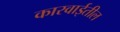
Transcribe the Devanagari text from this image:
कारवाईतील